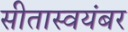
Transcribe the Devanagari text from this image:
सीतास्वयंबर